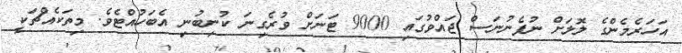
އަހަރެމެންގެ ލޮލަށް ނުފެނުނަސް ޖައްވުގައި 9000 ޓަނަށް ވުރެގިނަ ކުނިބުނި އެބަހުއްޓެވެ. މިތަކެއްޗަކީ